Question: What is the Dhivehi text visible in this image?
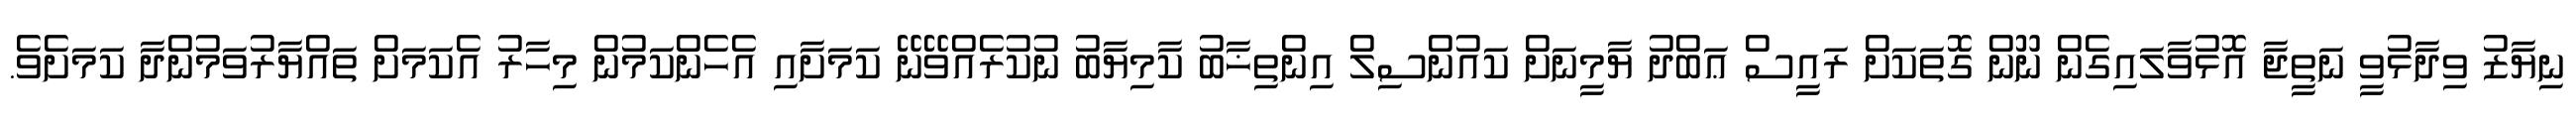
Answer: ނިޔާޒު ވިދާޅުވީ ނަތީޖާ އޮޅުވާލައިގެން ނޫން ގޮތަކަށް ރައީސް ޢަބްދު ޔާމީނަށް ކައުންސިލް އިންތިޚާބު ކާމިޔާބު ނުކުރެއްވޭނޭ ކަމަށާއި އެހެންކަމުން މިހާރު އެކަމަށް ތައްޔާރުވަމުންދާ ކަމަށެވެ.